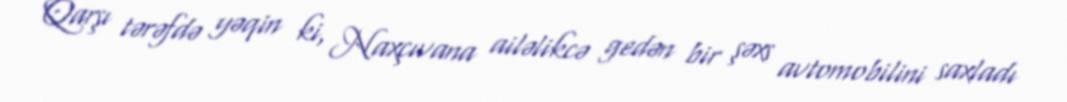
Qarşı tərəfdə yəqin ki, Naxçıvana ailəlikcə gedən bir şəxs avtomobilini saxladı